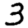
Digit: 3